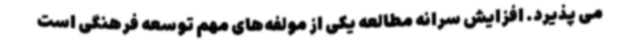
می پذیرد. افزایش سرانه مطالعه یکی از مولفه‌های مهم توسعه فرهنگی است